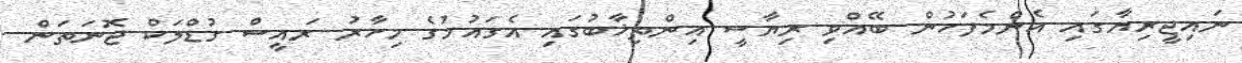
ނައިޖީރިޔާގައި އެންމެފަހުން ބޭއްވި ރިޔާސީ އިންތިޚާބުގައި އެގައުމުގެ މިހާރު ރައީސް ގުޑްލަކް ޖޮނަތަން